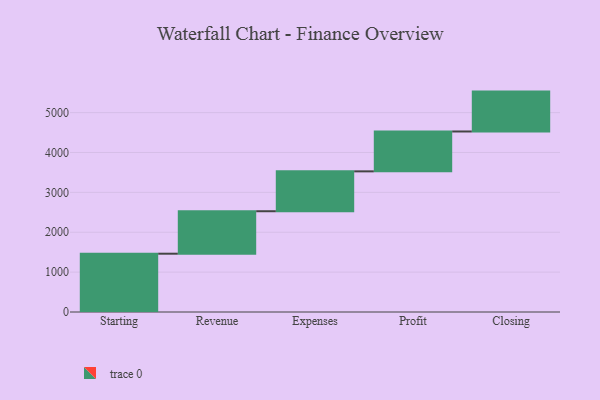
{"axis": {"x": "Step", "y": "Value"}, "legend": [""], "data": [{"x": "Starting", "y": 1462.0, "type": ""}, {"x": "Revenue", "y": 1065.0, "type": ""}, {"x": "Expenses", "y": 1000, "type": ""}, {"x": "Profit", "y": 1000, "type": ""}, {"x": "Closing", "y": 1000, "type": ""}]}